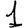
Digit: 1